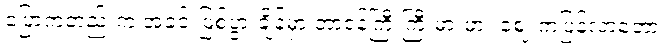
ပြောကတည်းက အခင်းဖြစ်ပွားချိန်မှာ တာဝန်ကြီးကြီးမားမား ဈေးကပြန်လာတော့